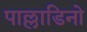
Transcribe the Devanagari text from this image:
पाल्लाडिनो